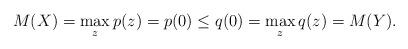
LaTeX: \begin{align*}M(X) = \max_z p(z) = p(0) \leq q(0) = \max_z q(z)=M(Y) .\end{align*}